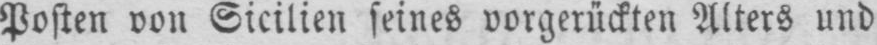
Posten von Sicilien seines vorgerückten Alters und